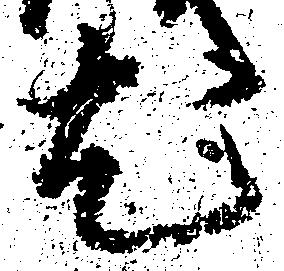
尤